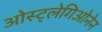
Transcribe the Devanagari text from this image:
ओस्ट्लेगिओनेन